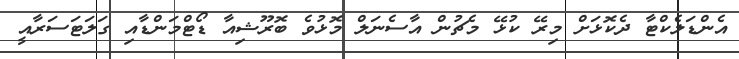
އެންޑަލެކްޓާ ދެކޮޅަށް މިރޭ ކުޅޭ މެޗުން އާސެނަލް މޮޅުވެ ބޮރޫޝިއާ ޑޯޓްމަންޑާއި ގަލަޓަސަރާއީ